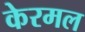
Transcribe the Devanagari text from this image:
केरमल